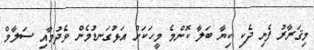
މިޤަރާރު ފެނި ދެކި ކިޔާ ބަލާ ކޮންމެ މީހަކަށް އަޅުގަނޑުމެން ވެދުމާއި ސަލާމް